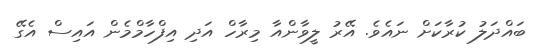
ބައްދަލު ކުރާކަށް ނައެވެ. އޭރު ލީވާންއާ މިރާހް އަދި އިފްހާމްމެން އައިސް އެގޭ